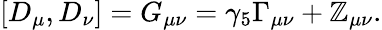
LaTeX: [D_{\mu},D_{\nu}]=G_{\mu\nu}=\gamma_{5}\Gamma_{\mu\nu}+\mathbb{Z}_{\mu\nu}.